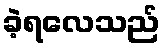
ခဲ့ရလေသည်